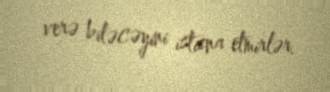
verə biləcəyini istisna etmirlər.